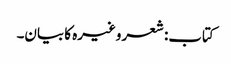
کتاب: شعر وغیرہ کا بیان۔